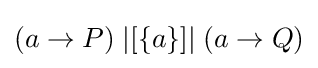
(a\to P)\;|[\{a\}]|\;(a\to Q)